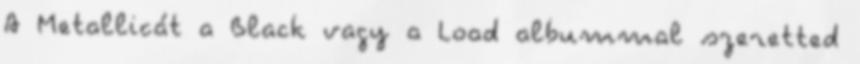
A Metallicát a Black vagy a Load albummal szeretted